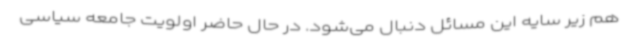
هم زیر سایه این مسائل دنبال می‌شود. در حال حاضر اولویت جامعه سیاسی